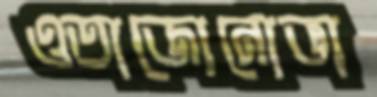
ওতাজোনোভা